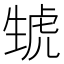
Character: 𤯮